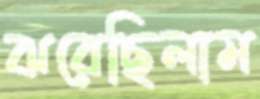
ঝরেছিলাম